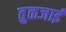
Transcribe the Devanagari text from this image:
तुळजाई